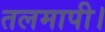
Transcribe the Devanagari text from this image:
तलमापी।